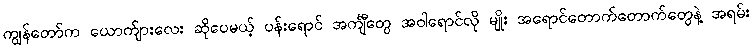
ကျွန်တော်က ယောက်ျားလေး ဆိုပေမယ့် ပန်းရောင် အင်္ကျီတွေ အဝါရောင်လို မျိုး အရောင်တောက်တောက်တွေနဲ့ အရမ်း